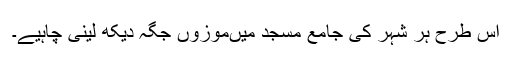
اس طرح ہر شہر کی جامع مسجد میںموزوں جگہ دیکھ لینی چاہیے۔